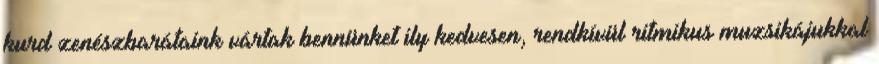
kurd zenészbarátaink vártak bennünket ily kedvesen, rendkívül ritmikus muzsikájukkal